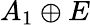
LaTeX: A_{1}\oplus E